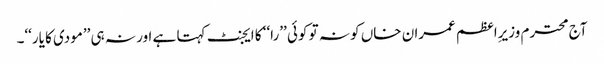
آج محترم وزیرِاعظم عمران خاں کو نہ تو کوئی ’’را‘‘ کا ایجنٹ کہتا ہے اور نہ ہی ’’مودی کا یار‘‘۔